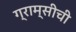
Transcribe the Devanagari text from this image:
ग्राम्सीची